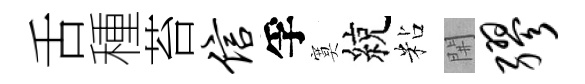
舌種苔信孚寞綂粘𨳩缪